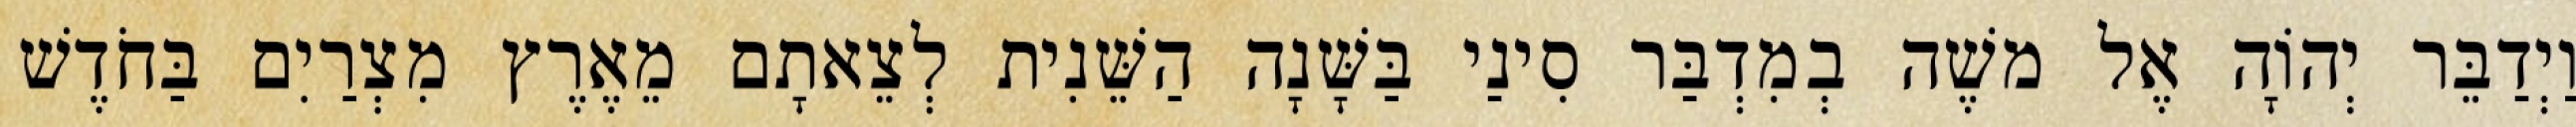
וַיְדַבֵּר יְהוָֹה אֶל משֶׁה בְמִדְבַּר סִינַי בַּשָּׁנָה הַשֵּׁנִית לְצֵאתָם מֵאֶרֶץ מִצְרַיִם בַּחֹדֶשׁ